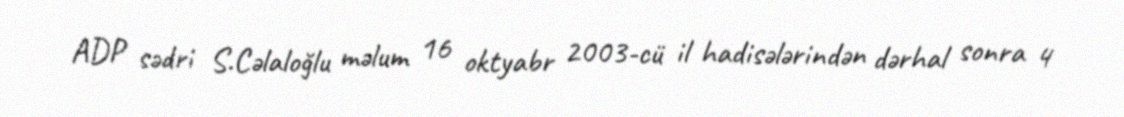
ADP sədri S.Cəlaloğlu məlum 16 oktyabr 2003-cü il hadisələrindən dərhal sonra 4